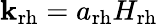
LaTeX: \mathbf{k}_{\mathrm{{rh}}}=a_{\mathrm{{rh}}}H_{\mathrm{{rh}}}